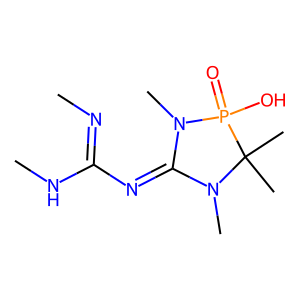
SMILES: CN=C(N=C1N(C)C(C)(C)P(=O)(O)N1C)NC
Inhibits HIV replication: No